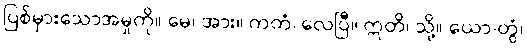
ပြစ်မှားသောအမှုကို။ မေ၊ အား။ ကတံ၊ လေပြီ။ ဣတိ၊ သို့။ ယော-တွံ၊